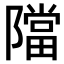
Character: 𨼴